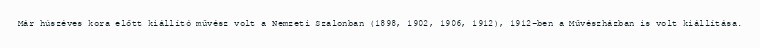
Már húszéves kora előtt kiállító művész volt a Nemzeti Szalonban (1898, 1902, 1906, 1912), 1912-ben a Művészházban is volt kiállítása.